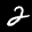
Label: 2